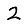
Digit: 2